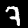
Digit: 7